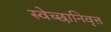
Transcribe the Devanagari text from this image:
स्वेच्छानिवृत्त